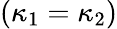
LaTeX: (\kappa_{1}=\kappa_{2})